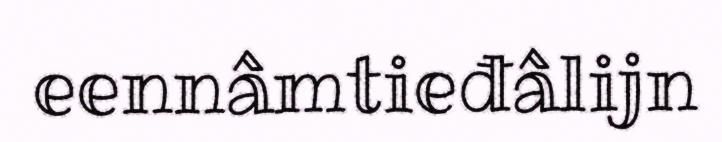
eennâmtieđâlijn